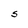
Character: S